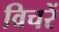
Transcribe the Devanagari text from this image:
विचरें